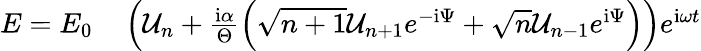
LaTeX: \begin{array}{rl}{E=E_{0}}&{{}\left(\mathcal{U}_{n}+\frac{\mathrm{i}\alpha}{\Theta}\left(\sqrt{n+1}\mathcal{U}_{n+1}e^{-\mathrm{i}\Psi}+\sqrt{n}\mathcal{U}_{n-1}e^{\mathrm{i}\Psi}\right)\right)e^{\mathrm{i}\omega t}}\end{array}